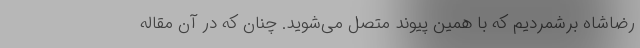
رضاشاه برشمردیم که با همین پیوند متصل می‌شوید. چنان که در آن مقاله